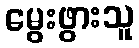
မွေးဖွားသူ